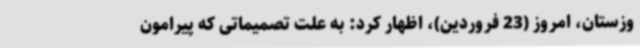
وزستان، امروز (23 فروردین)، اظهار کرد: به علت تصمیماتی که پیرامون